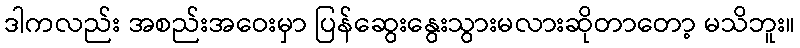
ဒါကလည်း အစည်းအဝေးမှာ ပြန်ဆွေးနွေးသွားမလားဆိုတာတော့ မသိဘူး။